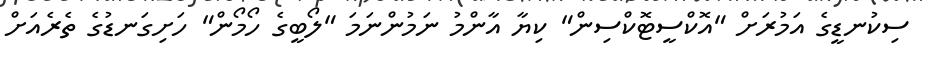
ސިކުނޑީގެ އަމުރަށް "އޮކްސީޓޮކްސިން" ކިޔާ އާންމު ނަމުންނަމަ "ލޯބީގެ ހޯމޯން" ހަށިގަނޑުގެ ތެރެއަށް